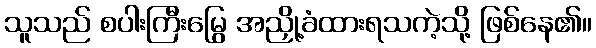
သူသည် စပါးကြီးမြွေ အညှို့ခံထားရသကဲ့သို့ ဖြစ်နေ၏။